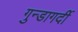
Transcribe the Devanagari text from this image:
गुन्डागर्दी